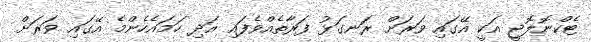
ޓެކްނޮލޮޖީ އަކީ އޭގައި ވަރަށް ރަނގަޅު ފަރާތެއްވެފައި އަދި ހަމައެހެންމެ އޭގައި ވަރަށް